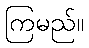
ကြမည်။